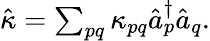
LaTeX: \begin{array}{r}{\hat{\kappa}=\sum_{pq}{\kappa_{pq}\hat{a}_{p}^{\dagger}\hat{a}_{q}}.}\end{array}